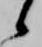
候